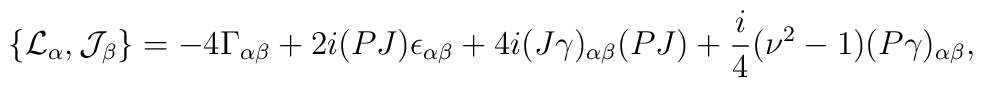
\{{\cal L}_\alpha,{\cal J}_\beta\}=-4\Gamma_{\alpha\beta}+2i(PJ)\epsilon_{\alpha\beta}+4i(J\gamma)_{\alpha\beta}(PJ)+\frac{i}{4}(\nu^2-1)(P\gamma)_{\alpha\beta},